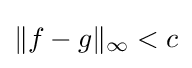
\|f-g\|_{\infty }<c